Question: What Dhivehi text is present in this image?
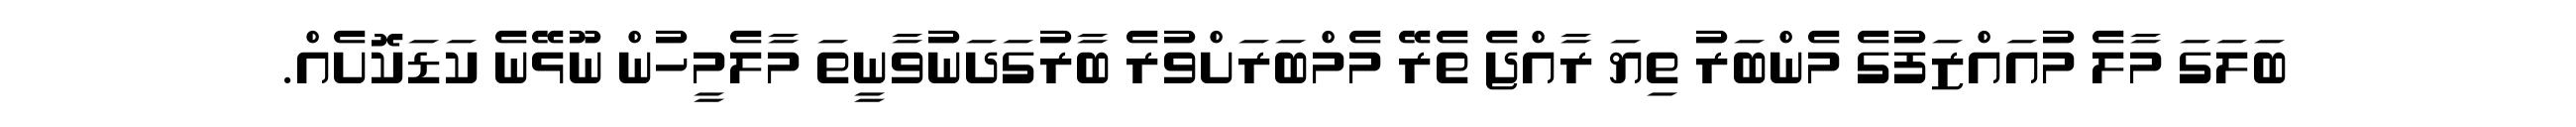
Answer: ބަލަގަ މާލެ މުއައްޒަފުގެ މެންބަރު ތިޔަ ރާއްޖެ ތެރޭ މެމްބަރަށްވުރެ ބާރުގަދަނުވާނީތަ މާލެމީހުން ނޫޅޭނެ ކަޑަކޮށެއް.